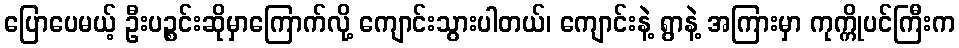
ပြောပေမယ့် ဦးပဉ္စင်းဆိုမှာကြောက်လို့ ကျောင်းသွားပါတယ်၊ ကျောင်းနဲ့ ရွာနဲ့ အကြားမှာ ကုက္ကိုပင်ကြီးက